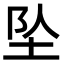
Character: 坠